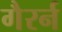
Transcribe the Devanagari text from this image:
गैरर्न